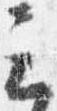
云